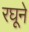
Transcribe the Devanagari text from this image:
रघूने